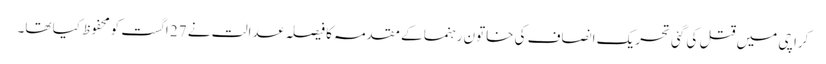
کراچی میں قتل کی گئی تحریک انصاف کی خاتون رہنما کے مقدمہ کا فیصلہ عدالت نے 27 اگست کومحفوظ کیا تھا۔